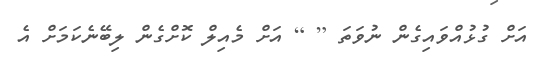
އަށް ގުޅުއްވައިގެން ނުވަތަ [ ] އަށް މެއިލް ކޮށްގެން ލިބޭނެކަމަށް އެ